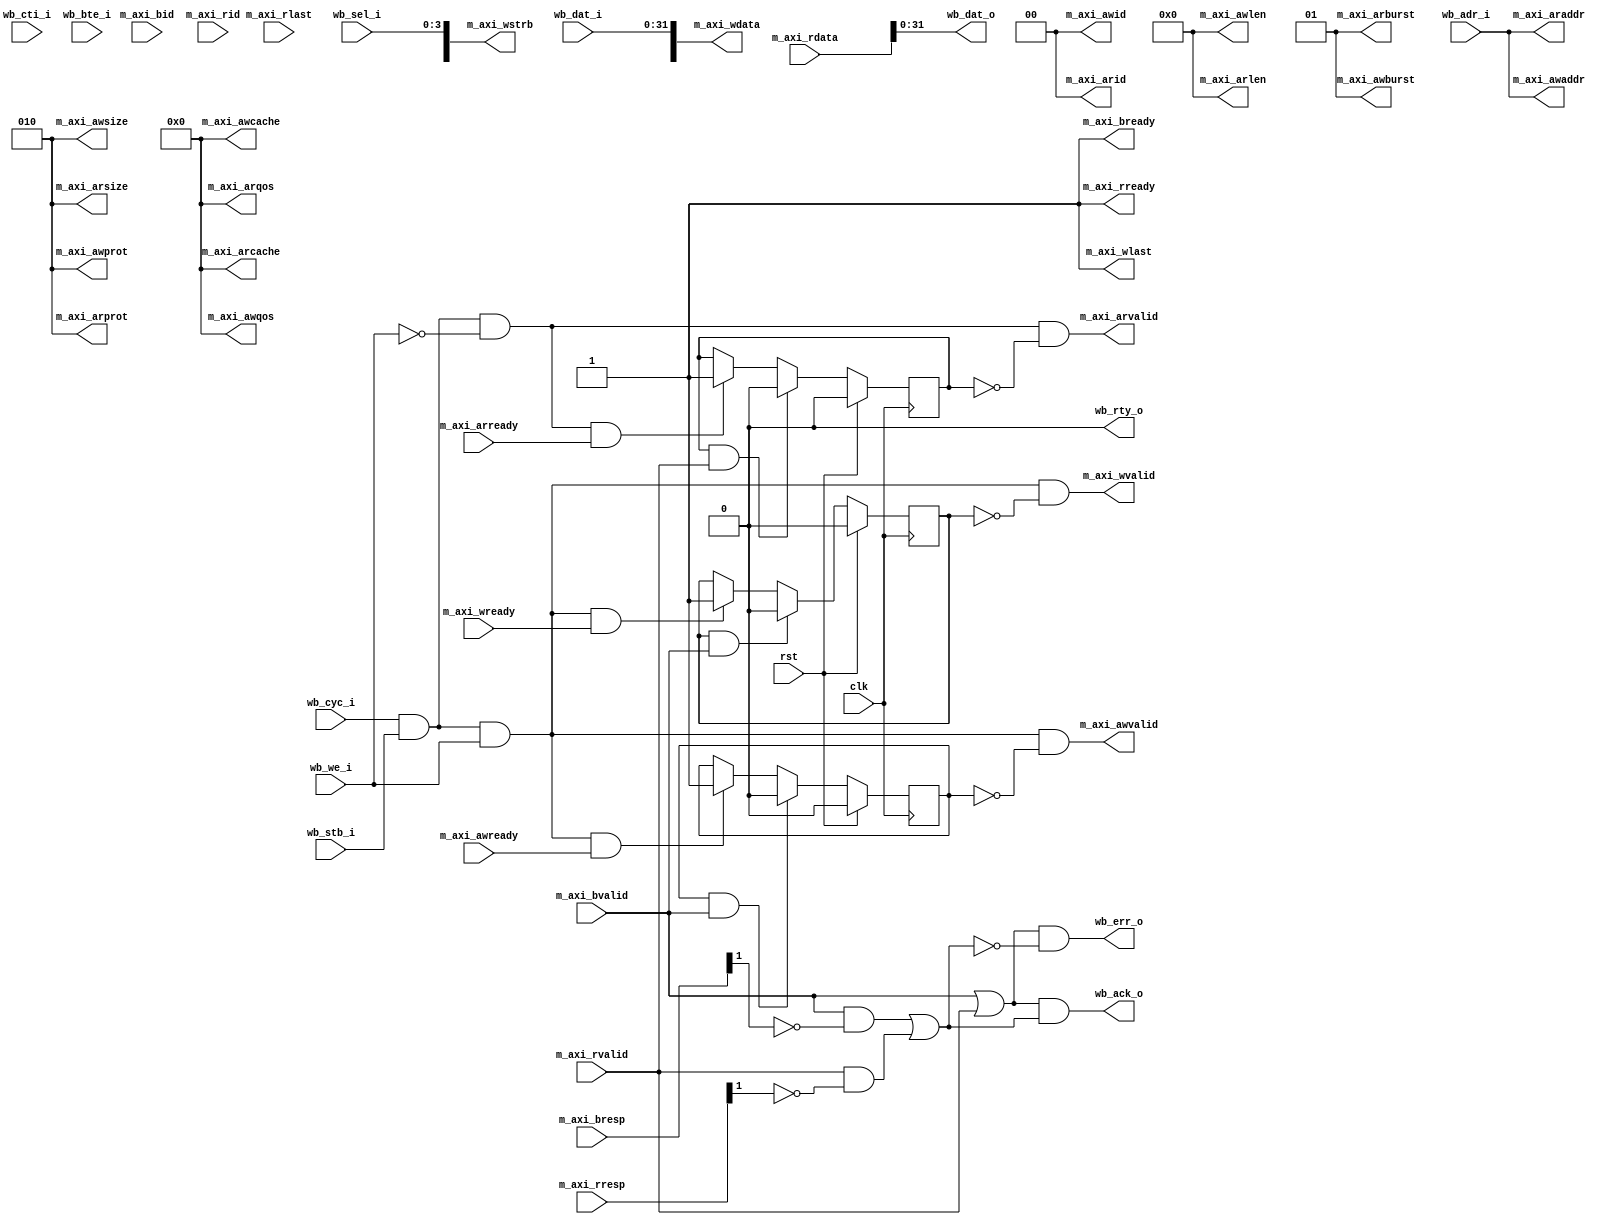
/**
 * @Author: German Cano Quiveu <germancq>
 * @Date:   2019-03-25T14:05:01+01:00
 * @Email:  germancq@dte.us.es
 * @Filename: wb2axi.v
 * @Last modified by:   germancq
 * @Last modified time: 2019-05-02T16:52:22+02:00
 */



// Copyright 2016 by the authors
//
// Copyright and related rights are licensed under the Solderpad
// Hardware License, Version 0.51 (the "License"); you may not use
// this file except in compliance with the License. You may obtain a
// copy of the License at http://solderpad.org/licenses/SHL-0.51.
// Unless required by applicable law or agreed to in writing,
// software, hardware and materials distributed under this License is
// distributed on an "AS IS" BASIS, WITHOUT WARRANTIES OR CONDITIONS
// OF ANY KIND, either express or implied. See the License for the
// specific language governing permissions and limitations under the
// License.
//
// Authors:
//    Stefan Wallentowitz <stefan@wallentowitz.de>

module wb2axi
  #(parameter DATA_WIDTH = 32,
    parameter AXI_DATA_WIDTH = 64,
    parameter ADDR_WIDTH = 28,
    parameter AXI_ID_WIDTH = 2,
    parameter AXI_ID = 0)
   (
    input                     clk,
    input                     rst,

    // Wishbone signals
    input                     wb_cyc_i,
    input                     wb_stb_i,
    input                     wb_we_i,
    input [ADDR_WIDTH-1:0]    wb_adr_i,
    input [DATA_WIDTH-1:0]    wb_dat_i,
    input [DATA_WIDTH/8-1:0]  wb_sel_i,
    input [2:0]               wb_cti_i,
    input [1:0]               wb_bte_i,
    output                    wb_ack_o,
    output                    wb_err_o,
    output                    wb_rty_o,
    output [DATA_WIDTH-1:0]   wb_dat_o,

    // AXI signals
    output [AXI_ID_WIDTH-1:0] m_axi_awid,
    output [ADDR_WIDTH-1:0]   m_axi_awaddr,
    output [7:0]              m_axi_awlen,
    output [2:0]              m_axi_awsize,
    output [1:0]              m_axi_awburst,
    output [3:0]              m_axi_awcache,
    output [2:0]              m_axi_awprot,
    output [3:0]              m_axi_awqos,
    output                    m_axi_awvalid,
    input                     m_axi_awready,

    output [AXI_DATA_WIDTH-1:0]   m_axi_wdata,
    output [AXI_DATA_WIDTH/8-1:0] m_axi_wstrb,
    output                    m_axi_wlast,
    output                    m_axi_wvalid,
    input                     m_axi_wready,

    input [AXI_ID_WIDTH-1:0]  m_axi_bid,
    input [1:0]               m_axi_bresp,
    input                     m_axi_bvalid,
    output                    m_axi_bready,

    output [AXI_ID_WIDTH-1:0] m_axi_arid,
    output [ADDR_WIDTH-1:0]   m_axi_araddr,
    output [7:0]              m_axi_arlen,
    output [2:0]              m_axi_arsize,
    output [1:0]              m_axi_arburst,
    output [3:0]              m_axi_arcache,
    output [2:0]              m_axi_arprot,
    output [3:0]              m_axi_arqos,
    output                    m_axi_arvalid,
    input                     m_axi_arready,

    input [AXI_ID_WIDTH-1:0]  m_axi_rid,
    input [AXI_DATA_WIDTH-1:0]    m_axi_rdata,
    input [1:0]               m_axi_rresp,
    input                     m_axi_rlast,
    input                     m_axi_rvalid,
    output                    m_axi_rready
    );

   assign m_axi_awid = AXI_ID;
   assign m_axi_awaddr = wb_adr_i;
   assign m_axi_awlen = 0;
   assign m_axi_awsize = DATA_WIDTH >> 4;
   assign m_axi_awburst = 2'b01;
   assign m_axi_awcache = 4'b0000;
   assign m_axi_awprot = 3'b010;
   assign m_axi_awqos = 4'b0000;

   assign m_axi_wdata[DATA_WIDTH-1:0] = wb_dat_i;
   assign m_axi_wstrb[DATA_WIDTH/8-1:0] = wb_sel_i;
   assign m_axi_wlast = 1;

   assign m_axi_arid = AXI_ID;
   assign m_axi_araddr = wb_adr_i;
   assign m_axi_arlen = 0;
   assign m_axi_arsize = DATA_WIDTH >> 4;
   assign m_axi_arburst = 2'b01;
   assign m_axi_arcache = 4'b0000;
   assign m_axi_arprot = 3'b010;
   assign m_axi_arqos = 4'b0000;

   wire                             write_transfer;
   wire                             read_transfer;

   assign write_transfer = (wb_cyc_i & wb_stb_i) & wb_we_i;
   assign read_transfer = (wb_cyc_i & wb_stb_i) & !wb_we_i;

   reg                               awdone, wdone, ardone;

   always @(posedge clk) begin
      if (rst) begin
         awdone <= 0;
         wdone <= 0;
         ardone <= 0;
      end else begin
         if (awdone & m_axi_bvalid)
           awdone <= 0;
         else if (write_transfer & m_axi_awready)
           awdone <= 1;

         if (wdone & m_axi_bvalid)
           wdone <= 0;
         else if (write_transfer & m_axi_wready)
           wdone <= 1;

         if (ardone & m_axi_rvalid)
           ardone <= 0;
         else if (read_transfer & m_axi_arready)
           ardone <= 1;
      end
   end

   assign m_axi_awvalid = write_transfer & !awdone;
   assign m_axi_wvalid = write_transfer & !wdone;
   assign m_axi_arvalid = read_transfer & !ardone;

   assign m_axi_bready = 1;
   assign m_axi_rready = 1;

   wire transfer_done, transfer_success;
   assign transfer_done = m_axi_bvalid | m_axi_rvalid;
   assign transfer_success = (m_axi_bvalid & !m_axi_bresp[1]) |
                             (m_axi_rvalid & !m_axi_rresp[1]);

   assign wb_ack_o = transfer_done & transfer_success;
   assign wb_err_o = transfer_done & !transfer_success;
   assign wb_rty_o = 0;

   assign wb_dat_o[DATA_WIDTH-1:0] = m_axi_rdata[DATA_WIDTH-1:0];


endmodule // wb2axi